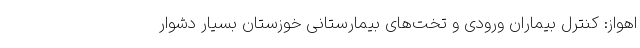
اهواز: کنترل بیماران ورودی و تخت‌های بیمارستانی خوزستان بسیار دشوار